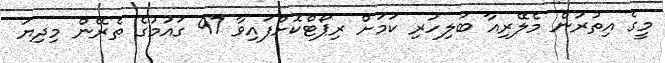
މީގެ އިތުރުން މެލޭރިއާ ބަލިހުރި ކަމަށް ރިޕޯޓްކޮށްފައިވާ 97 ގައުމުގެ ތެރޭން މިދިޔަ